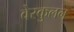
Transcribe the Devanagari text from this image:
वेस्कुलन